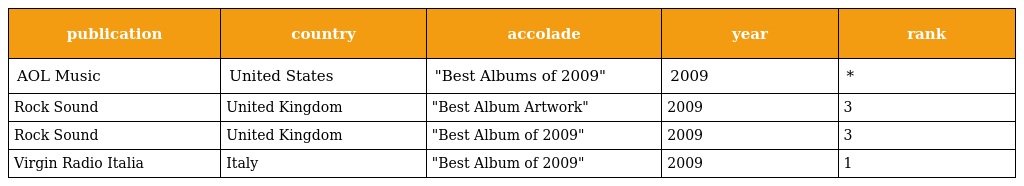
| publication | country | accolade | year | rank |
 | --- | --- | --- | --- | --- |
 | AOL Music | United States | "Best Albums of 2009" | 2009 | * |
 | Rock Sound | United Kingdom | "Best Album Artwork" | 2009 | 3 |
 | Rock Sound | United Kingdom | "Best Album of 2009" | 2009 | 3 |
 | Virgin Radio Italia | Italy | "Best Album of 2009" | 2009 | 1 |